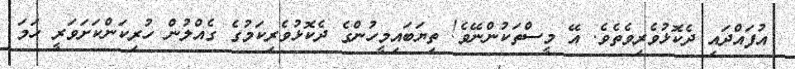
އުފައްދައި ދެކޮޅުވެރިވެތެވެ. އޭ މީސްތަކުންނޭވެ! ތިޔަބައިމީހުންގެ ދެކޮޅުވެރިކަމުގެ ގެއްލުން ހުރިކަންކަށަވަރީ ހަމަ